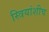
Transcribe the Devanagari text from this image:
स्त्रियांशीच